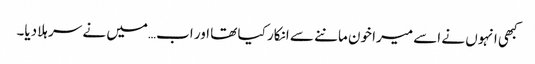
کبھی انہوں نے اسے میرا خون ماننے سے انکار کیا تھا اور اب…میں نے سر ہلادیا۔